system: You are a helpful assistant.
user:
Analyze the provided spectrum to determine if it is a **M-type Giant (gM)**.

A M-type Giant spectrum is defined by its **strong molecular absorption** features, particularly from **Titanium Oxide (TiO)**. You must check for one of the following mutually exclusive signatures:

- **Key Visual Indicators (Absorption-Dominated Spectrum):**

    - **(Primary):** The spectrum is dominated by strong molecular absorption from **Titanium Oxide (TiO)**. This is the **defining feature** of its M-type temperature class.
        - **(Key Bandheads):** Look for sharp, "saw-tooth" absorption valleys. The strongest are located near **~7050 Å**, **~6160 Å**, and **~5170 Å**.
        - **(Line Profile):** The "saw-tooth" morphology is critical: a **sharp, steep drop on the BLUE (short-wavelength) side** of the bandhead, followed by a gradual recovery (rising flux) towards the RED (long-wavelength) side.

    - **(Key Confirmation - Giant vs. Dwarf):** **ABSENCE** of strong **Calcium Hydride (CaH)** molecular bands. This is the primary diagnostic for *excluding* M-dwarfs.
        - **(Key Region):** The spectrum should lack the strong, broad absorption band seen in dwarfs between **~6800 Å and ~7000 Å**.

    - **(Secondary Confirmation - Giant):** A very strong and broad **Neutral Calcium (Ca I)** atomic absorption line.
        - **(Key Line):** Located at **~4226 Å**. In a giant (gM), this line is significantly deeper and broader than the same line in an M-dwarf (dM) due to low surface gravity.

    - **(Overall Spectrum):**
        - The continuum is **extremely red-sloping** (i.e., flux is very low in the blue and rises dramatically towards the red).
        - The entire spectrum appears "chopped up" by the deep TiO bands.

Think first, call **spectral_visualization_tool** if needed to examine features in detail, then provide your final answer. Your response must adhere to the following strict rules:
1.  **Overall Structure:** Your response must follow the format `<think>...</think> <tool_call>...</tool_call> (if a tool is used) <answer>...</answer>`.
2.  **Tool Usage Constraint:** You may only make **one** tool call per turn.
3.  **Final Answer Format:** In the `<answer>` tag, your conclusion must be inside a `\boxed{}` command (e.g., `\boxed{YES}` or `\boxed{NO}`), followed by your justification.

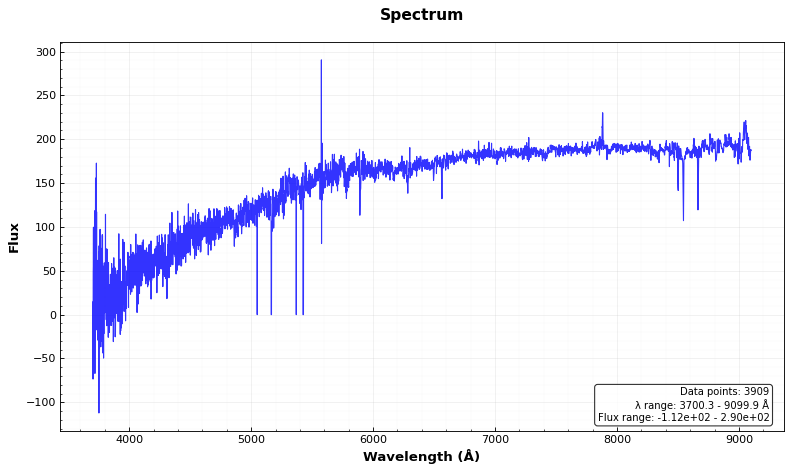
Answer: NO